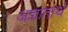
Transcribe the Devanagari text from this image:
अज्ञातार्थ